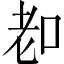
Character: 𦒵